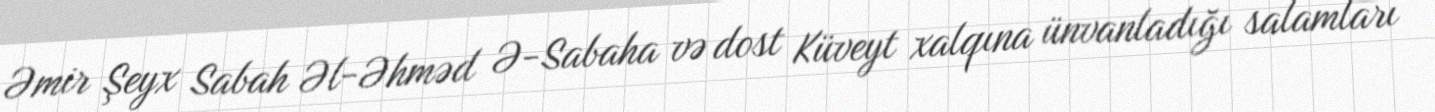
Əmir Şeyx Sabah Əl-Əhməd Ə-Sabaha və dost Küveyt xalqına ünvanladığı salamları